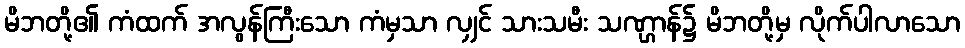
မိဘတို့၏ ကံထက် အလွန်ကြီးသော ကံမှသာ လျှင် သားသမီး သဏ္ဌာန်၌ မိဘတို့မှ လိုက်ပါလာသော